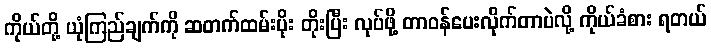
ကိုယ်တို့ ယုံကြည်ချက်ကို ဆတက်ထမ်းပိုး တိုးပြီး လုပ်ဖို့ တာဝန်ပေးလိုက်တာပဲလို့ ကိုယ်ခံစား ရတယ်